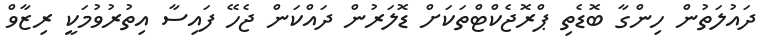
ދައުލަތުން ހިންގާ ބޮޑެތި ޕްރޮޖެކްޓްތަކަށް ޑޮލަރުން ދައްކަން ޖެހޭ ފައިސާ އިތުރުވުމަކީ ރިޒާވް